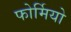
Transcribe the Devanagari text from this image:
फोर्मियो